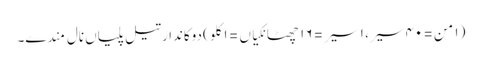
(١ من = ٤٠ سیر، ١ سیر = ١٦ چھٹانکیاں = ١ کِلو) دوکاندار تیل پلیاں نال مِندے۔